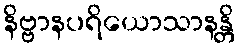
နိဗ္ဗာနပရိယောသာနန္တိ